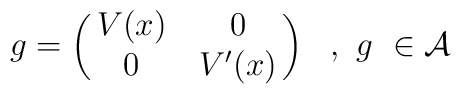
g = \left (\matrix {V(x) & 0 \cr 0 & V^\prime (x) } \right)\,\,\,\,,\,\,g\,\,\in {\cal A}